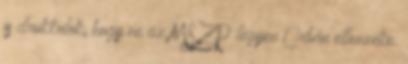
is drukkolok, hogy ne az MSZP legyen Orbán ellenzéke.